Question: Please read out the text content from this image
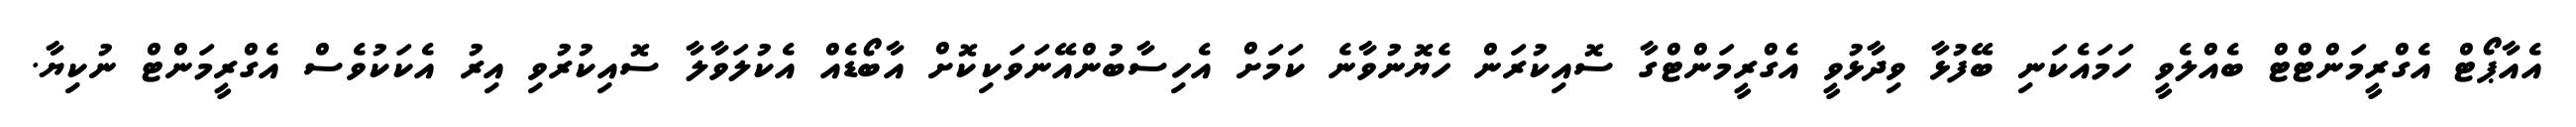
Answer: އެއާޕޯޓް އެގްރީމަންޓްޓް ބެއްލެވީ ހަމައެކަނި ބޭފުޅާ ވިދާޅުވީ އެގްރީމަންޓްގާ ސޮއިކުރަން ހެޔޮނުވާނެ ކަމަށް އެހިސާބުންއޭނަވަކިކޮށް އާބޯޑެއް އެކުލަވާލާ ސޮއިކުރުވި އިރު އެކަކުވެސް އެގްރީމަންޓް ނުކިޔާ.